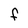
Character: F